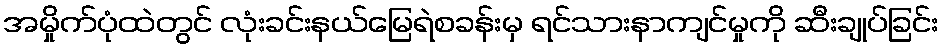
အမှိုက်ပုံထဲတွင် လုံးခင်းနယ်မြေရဲစခန်းမှ ရင်သားနာကျင်မှုကို ဆီးချုပ်ခြင်း